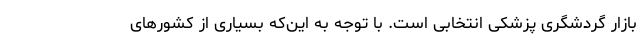
بازار گردشگری پزشکی انتخابی است. با توجه به این‌که بسیاری از کشورهای